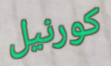
كورنيل